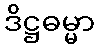
ဒိဋ္ဌဓမ္မာ